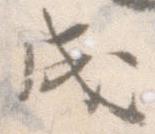
成